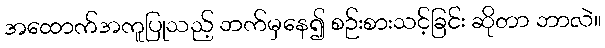
အထောက်အကူပြုသည့် ဘက်မှနေ၍ စဉ်းစားသင့်ခြင်း ဆိုတာ ဘာလဲ။